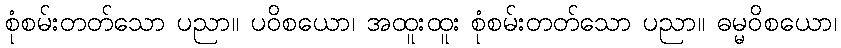
စုံစမ်းတတ်သော ပညာ။ ပဝိစယော၊ အထူးထူး စုံစမ်းတတ်သော ပညာ။ ဓမ္မဝိစယော၊